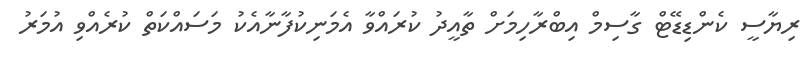
ރިޔާސީ ކެންޑިޑޭޓް ގާސިމް އިބްރާހިމަށް ތާއީދު ކުރައްވާ އެމަނިކުފާނާއެކު މަސައްކަތް ކުރެއްވި އުމަރު